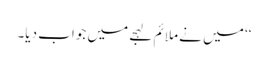
‘‘ میں نے ملائم لہجے میں جواب دیا۔